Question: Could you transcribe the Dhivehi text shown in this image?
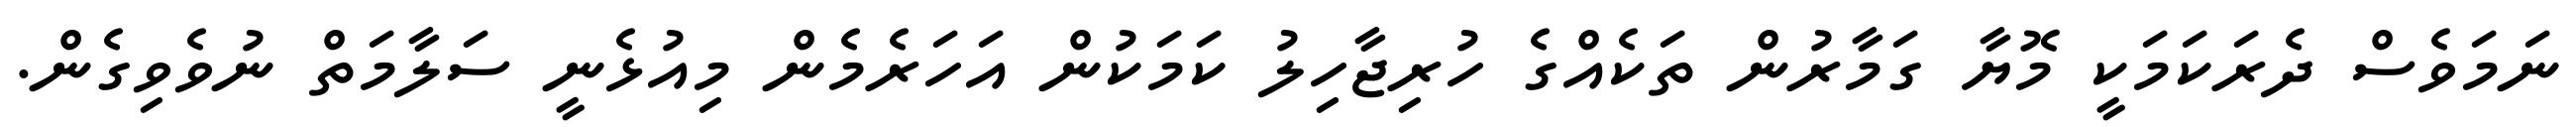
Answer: ނަމަވެސް ދެރަކަމަކީ މޮޔާ ގަމާރުން ތަކެއްގެ ހުރިޖާހިލު ކަމަކުން އަހަރެމެން މިއުޅެނީ ސަލާމަތް ނުވެވިގެން.